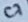
Text: C7